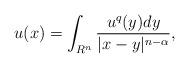
LaTeX: \begin{align*} u(x)= \displaystyle\int_{R^n}\frac{u^{q}(y)dy}{|x-y|^{n-\alpha}},\end{align*}